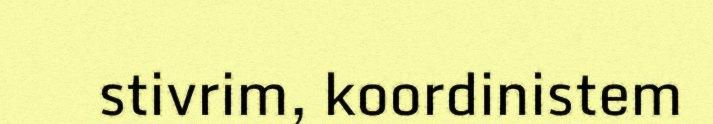
stivrim, koordinistem